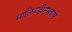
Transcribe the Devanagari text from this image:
मालिब्डीनमवाले